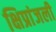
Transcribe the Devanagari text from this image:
क्षिप्रांजली